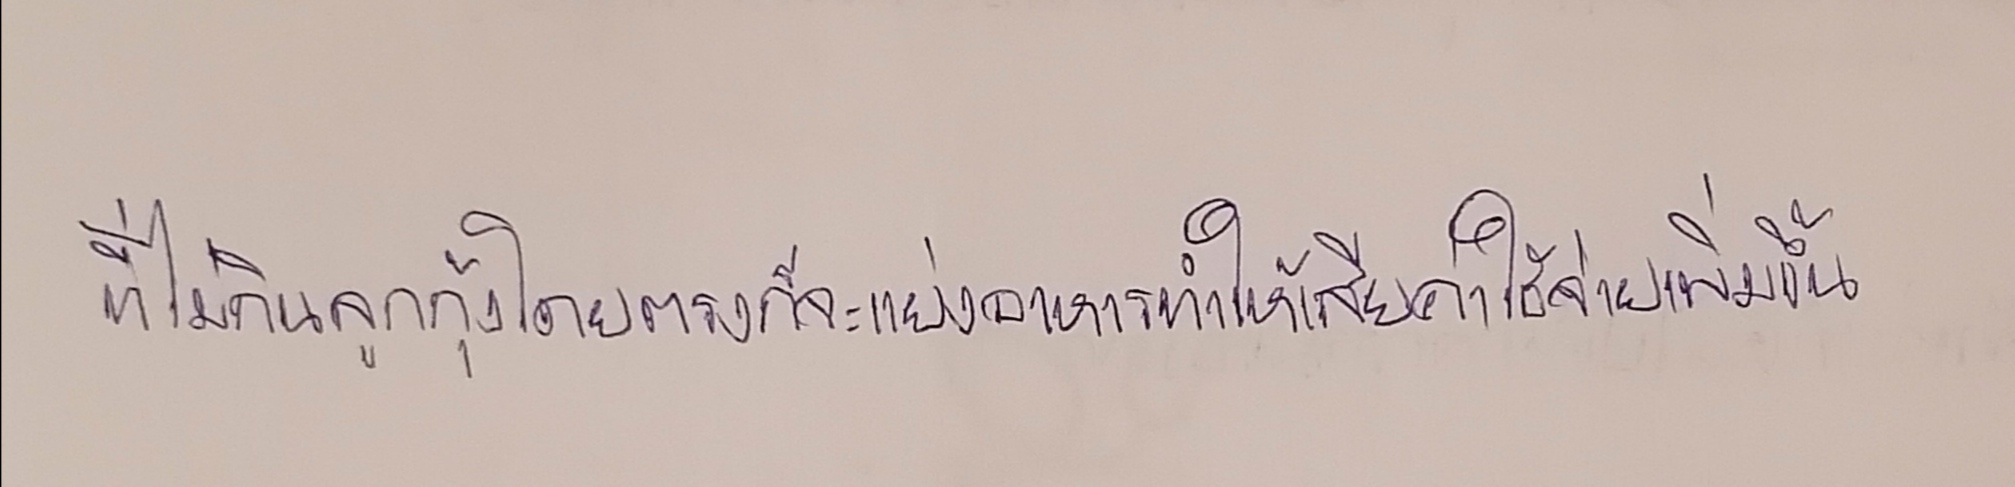
ที่ไม่กินลูกกุ้งโดยตรงก็จะแย่งอาหารทำให้เสียค่าใช้จ่ายเพิ่มขึ้น